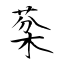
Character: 棻